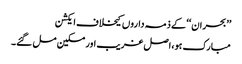
’’بحران‘‘ کے ذمہ داروں کیخلاف ایکشن
مبارک ہو،اصل غریب اور مسکین مل گئے۔